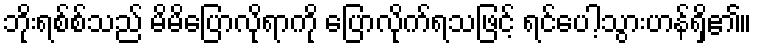
ဘိုးရစ်စ်သည် မိမိပြောလိုရာကို ပြောလိုက်ရသဖြင့် ရင်ပေါ့သွားဟန်ရှိ၏။